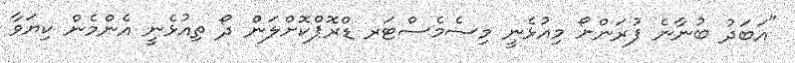
"އަބަދު ބުނާނެ ފުރަންށޯ މިއުޅެނީ މިސެމެސްޓަރ ޑްރޮޕްކޮށްލަން ދޯ ތިއުޅެނީ އެންމެން ކިޔަވާ